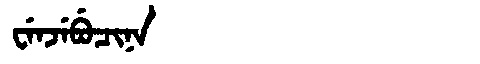
Manchu: ᠸᡝᠨᠵᡝᠪᡠᠴᡳᠨᠠ
Romanization: WENJEBUCINA